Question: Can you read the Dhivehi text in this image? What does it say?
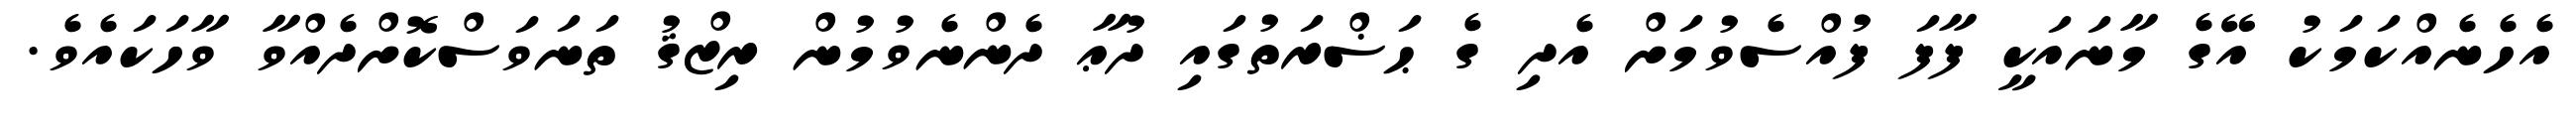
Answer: އެހެނެއްކަމަކު އޭގެ މާނައަކީ ފާފަ ފުއްސެވުމަށް އެދި ގެ ޙަޟްރަތުގައި ދުޢާ ދެންނެވުމުން ރިޒްޤު ތަނަވަސްކޮށްދެއްވާ ވާހަކައެވެ.